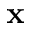
\mathbf { x }